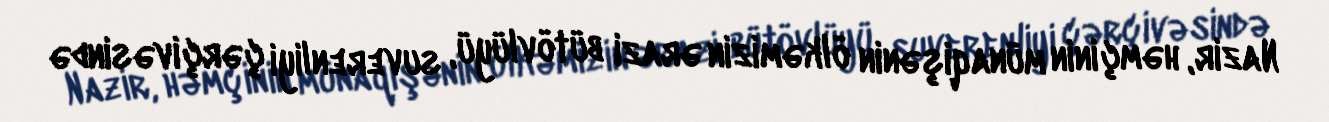
Nazir, həmçinin münaqişənin ölkəmizin ərazi bütövlüyü, suverenliyi çərçivəsində